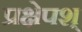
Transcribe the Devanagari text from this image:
प्रक्षेपश्